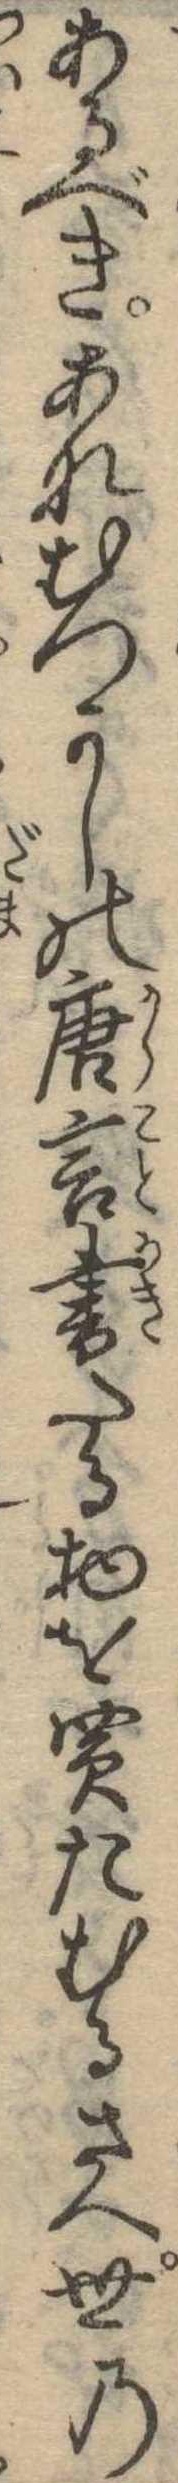
あるべきあなむつかしの唐言書たる物を買たむるさへ世の